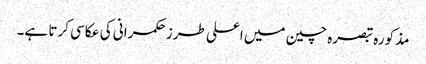
مذکورہ تبصرہ چین میں اعلی طرز حکمرانی کی عکاسی کرتا ہے۔